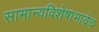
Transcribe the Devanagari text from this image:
सामान्यविशेषाभावेच